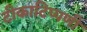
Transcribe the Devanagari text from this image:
टीकाटिप्पणी